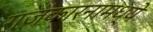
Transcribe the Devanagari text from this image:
राजकारनामध्ये